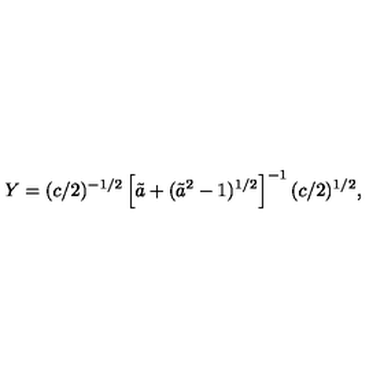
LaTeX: Y = ( c / 2 ) ^ { - 1 / 2 } \left[ \tilde { a } + ( \tilde { a } ^ { 2 } - 1 ) ^ { 1 / 2 } \right] ^ { - 1 } ( c / 2 ) ^ { 1 / 2 } ,